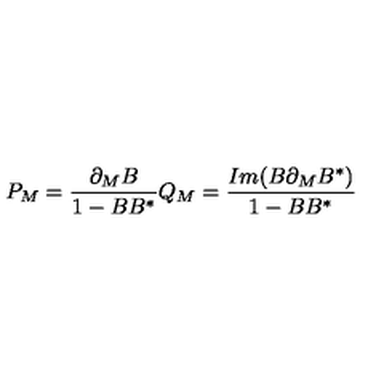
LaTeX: P _ { M } = \frac { \partial _ { M } B } { 1 - B B ^ { * } } Q _ { M } = \frac { I m ( B \partial _ { M } B ^ { * } ) } { 1 - B B ^ { * } }